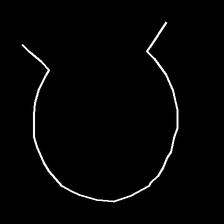
Glyph: weave